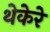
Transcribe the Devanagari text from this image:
थेकेरे